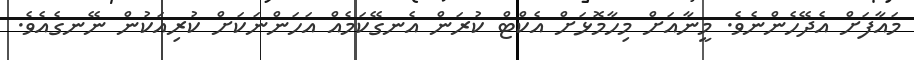
މައާފަށް އެދޭހެންނެވެ. މީނާއަށް މިހާމޮޅަށް އެކްޓް ކުރަން އެނގޭކަމެއް އަހަންނަކަށް ކުރިއަކުން ނޭނގެއެވެ.